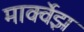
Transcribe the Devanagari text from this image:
मार्क्वेझ